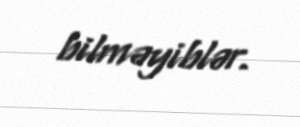
bilməyiblər.